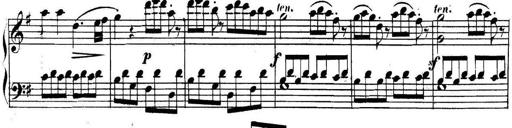
Title: Collected Piano Sonatas
Composer: Muzio Clementi